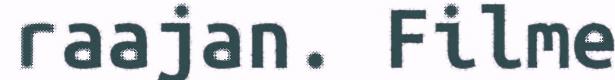
raajan. Filme